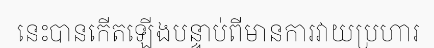
នេះបានកើតឡើងបន្ទាប់ពីមានការវាយប្រហារ